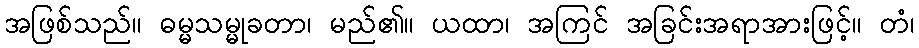
အဖြစ်သည်။ ဓမ္မသမ္မုခတာ၊ မည်၏။ ယထာ၊ အကြင် အခြင်းအရာအားဖြင့်။ တံ၊